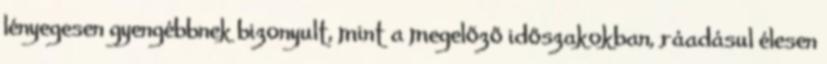
lényegesen gyengébbnek bizonyult, mint a megelőző időszakokban, ráadásul élesen